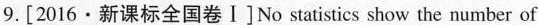
9.[2016·新课标全国卷Ⅰ]No statistics show the number of